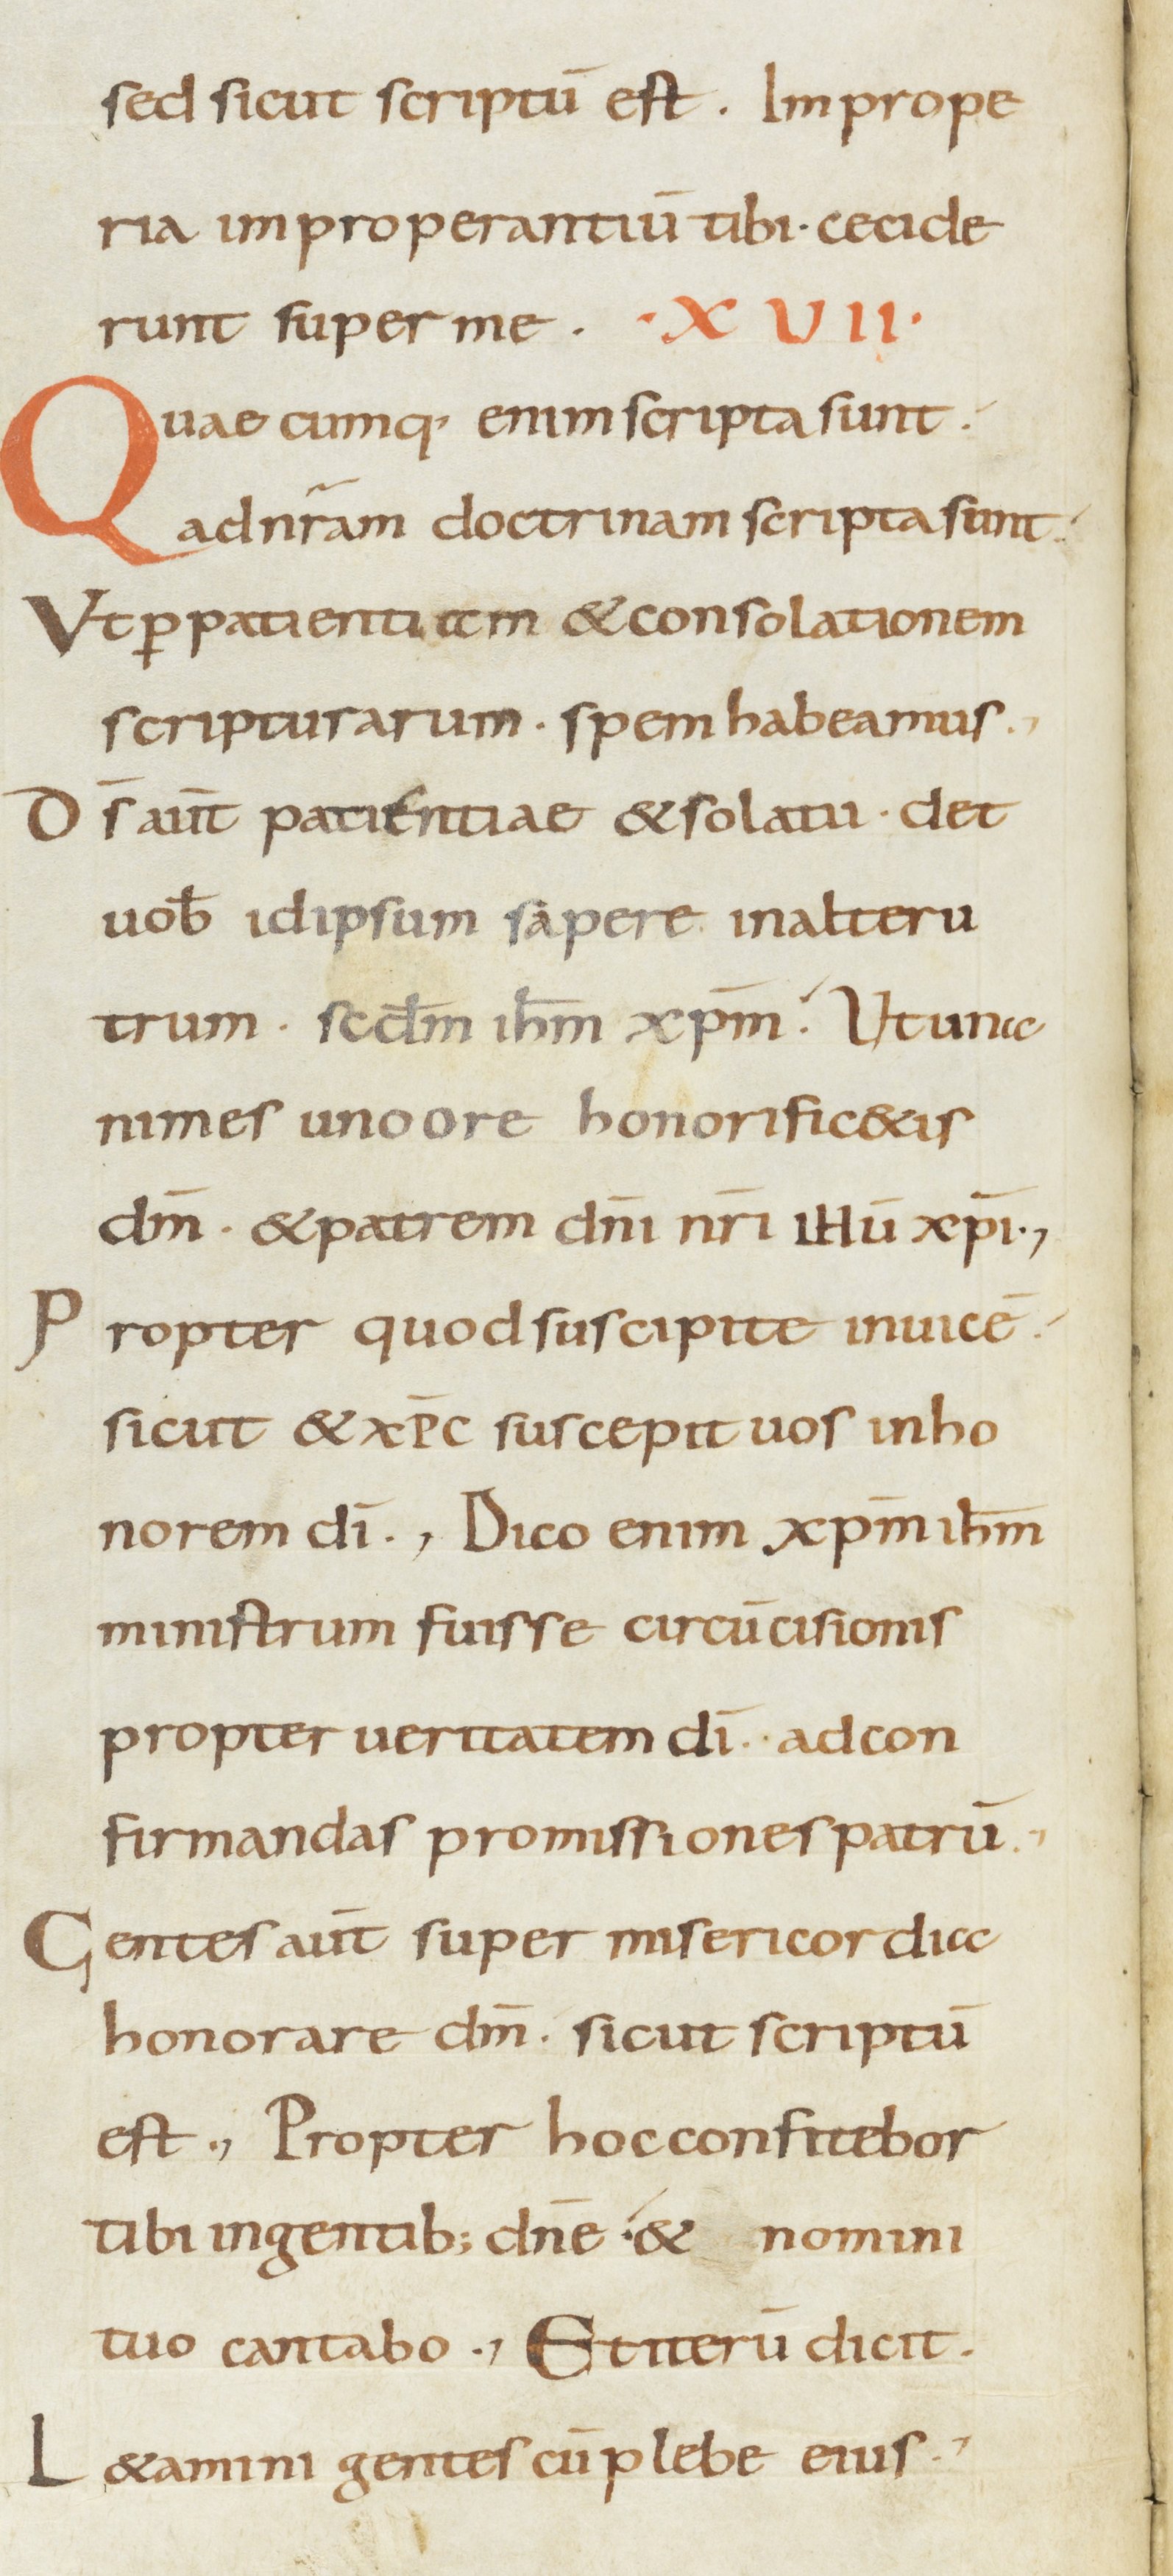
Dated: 800–899